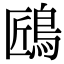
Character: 𪀘